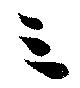
三